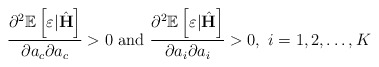
\begin{align*} \frac{\partial^2 \mathbb{E}\left[\varepsilon|\hat{\mathbf{H}}\right]}{\partial a_c \partial a_c} >0 ~{\rm and} ~ \frac{\partial^2 \mathbb{E}\left[\varepsilon|\hat{\mathbf{H}}\right]}{\partial a_i \partial a_i} >0, ~ i=1,2, \ldots, K\end{align*}